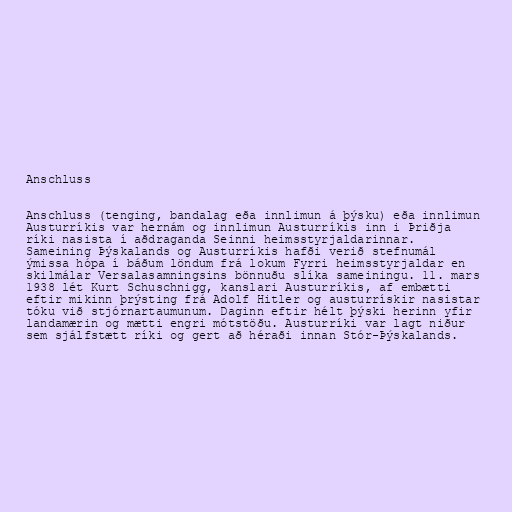
Anschluss

Anschluss (tenging, bandalag eða innlimun á þýsku) eða innlimun
Austurríkis var hernám og innlimun Austurríkis inn i Þriðja
ríki nasista í aðdraganda Seinni heimsstyrjaldarinnar.
Sameining Þýskalands og Austurríkis hafði verið stefnumál
ýmissa hópa í báðum löndum frá lokum Fyrri heimsstyrjaldar en
skilmálar Versalasamningsins bönnuðu slíka sameiningu. 11. mars
1938 lét Kurt Schuschnigg, kanslari Austurríkis, af embætti
eftir mikinn þrýsting frá Adolf Hitler og austurrískir nasistar
tóku við stjórnartaumunum. Daginn eftir hélt þýski herinn yfir
landamærin og mætti engri mótstöðu. Austurríki var lagt niður
sem sjálfstætt ríki og gert að héraði innan Stór-Þýskalands.